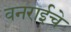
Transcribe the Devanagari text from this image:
वनराईचे